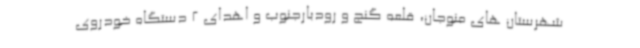
شهرستان های منوجان، قلعه گنج و رودبارجنوب و اهدای 2 دستگاه خودروی